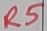
Text: R5